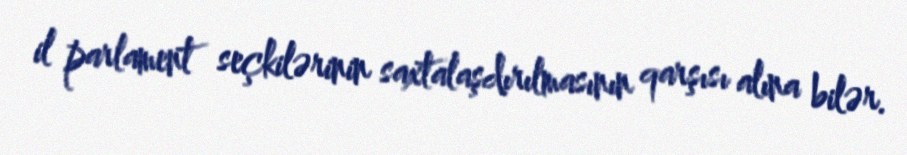
il parlament seçkilərinin saxtalaşdırılmasının qarşısı alına bilər.